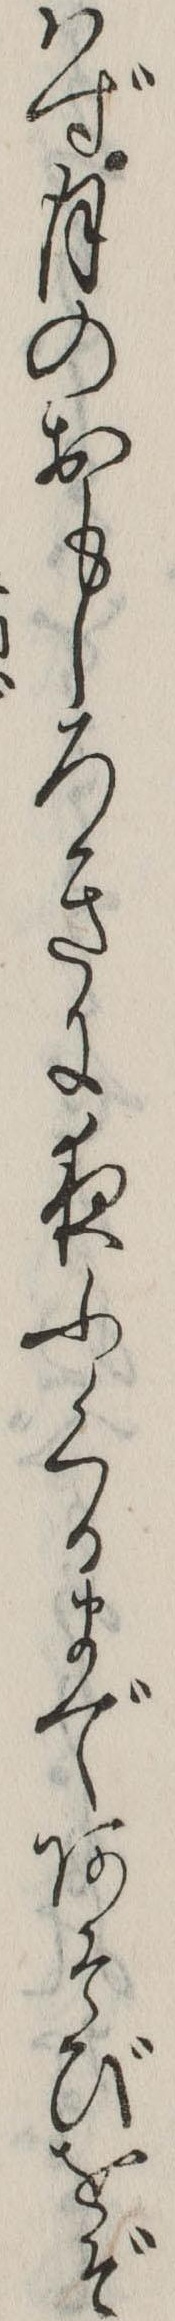
はず月のおもしろきに夜ふくるまであそびをぞ